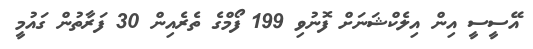
އޭސީސީ އިން އިލެކްޝަނަށް ފޮނުވި 199 ފޯމްގެ ތެރެއިން 30 ފަރާތުން ގައުމީ